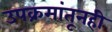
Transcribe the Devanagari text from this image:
उपक्रमांतूनही